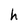
Character: h